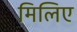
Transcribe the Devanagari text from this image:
मिलिए